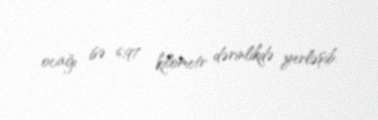
ocağı isə 6,97 kilometr dərinlikdə yerləşib.